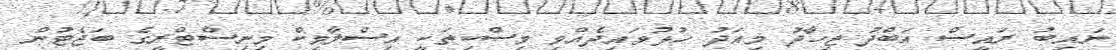
ނައިބު ރައީސް އަބްދު ޖިހާދު މިއަދު ހުޅުވައިދެއްވި މިސްކިތަކީ އިސްލާާމިކް މިނިސްޓްރީގެ ބަޖެޓުން